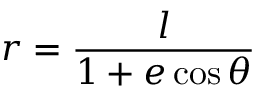
r = { \frac { l } { 1 + e \cos \theta } } \,